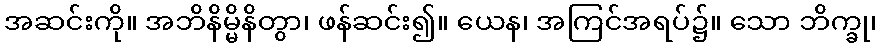
အဆင်းကို။ အဘိနိမ္မိနိတွာ၊ ဖန်ဆင်း၍။ ယေန၊ အကြင်အရပ်၌။ သော ဘိက္ခု၊